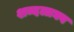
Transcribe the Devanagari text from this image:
शब्दलाघव